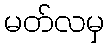
မတ်လမှ